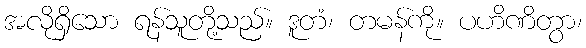
အလိုရှိသော ရန်သူတို့သည်။ ဒူတံ၊ တမန်ကို။ ပဟိဏိတွာ၊